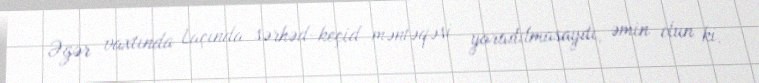
Əgər vaxtında Laçında sərhəd-keçid məntəqəsi yaradılmasaydı, əmin olun ki,